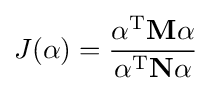
J(\mathbf {\alpha } )={\frac {\mathbf {\alpha } ^{\text{T}}\mathbf {M} \mathbf {\alpha } }{\mathbf {\alpha } ^{\text{T}}\mathbf {N} \mathbf {\alpha } }}